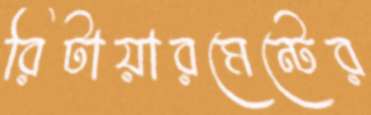
রিটায়ারমেন্টের